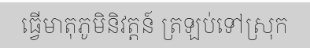
ធ្វើមាតុភូមិនិវត្តន៍ ត្រឡប់ទៅស្រុក